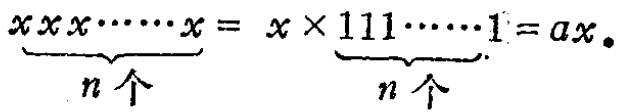
\(\underbrace{xxx\cdots\cdots x}_{n个}= x\times\underbrace{111\cdots\cdots1}_{n个}=ax\)